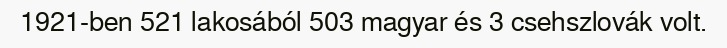
1921-ben 521 lakosából 503 magyar és 3 csehszlovák volt.